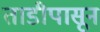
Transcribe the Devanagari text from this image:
ताडीपासून